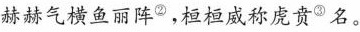
赫赫气横鱼丽阵^{②}，桓桓威称成贵